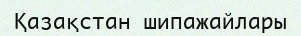
Қазақстан шипажайлары